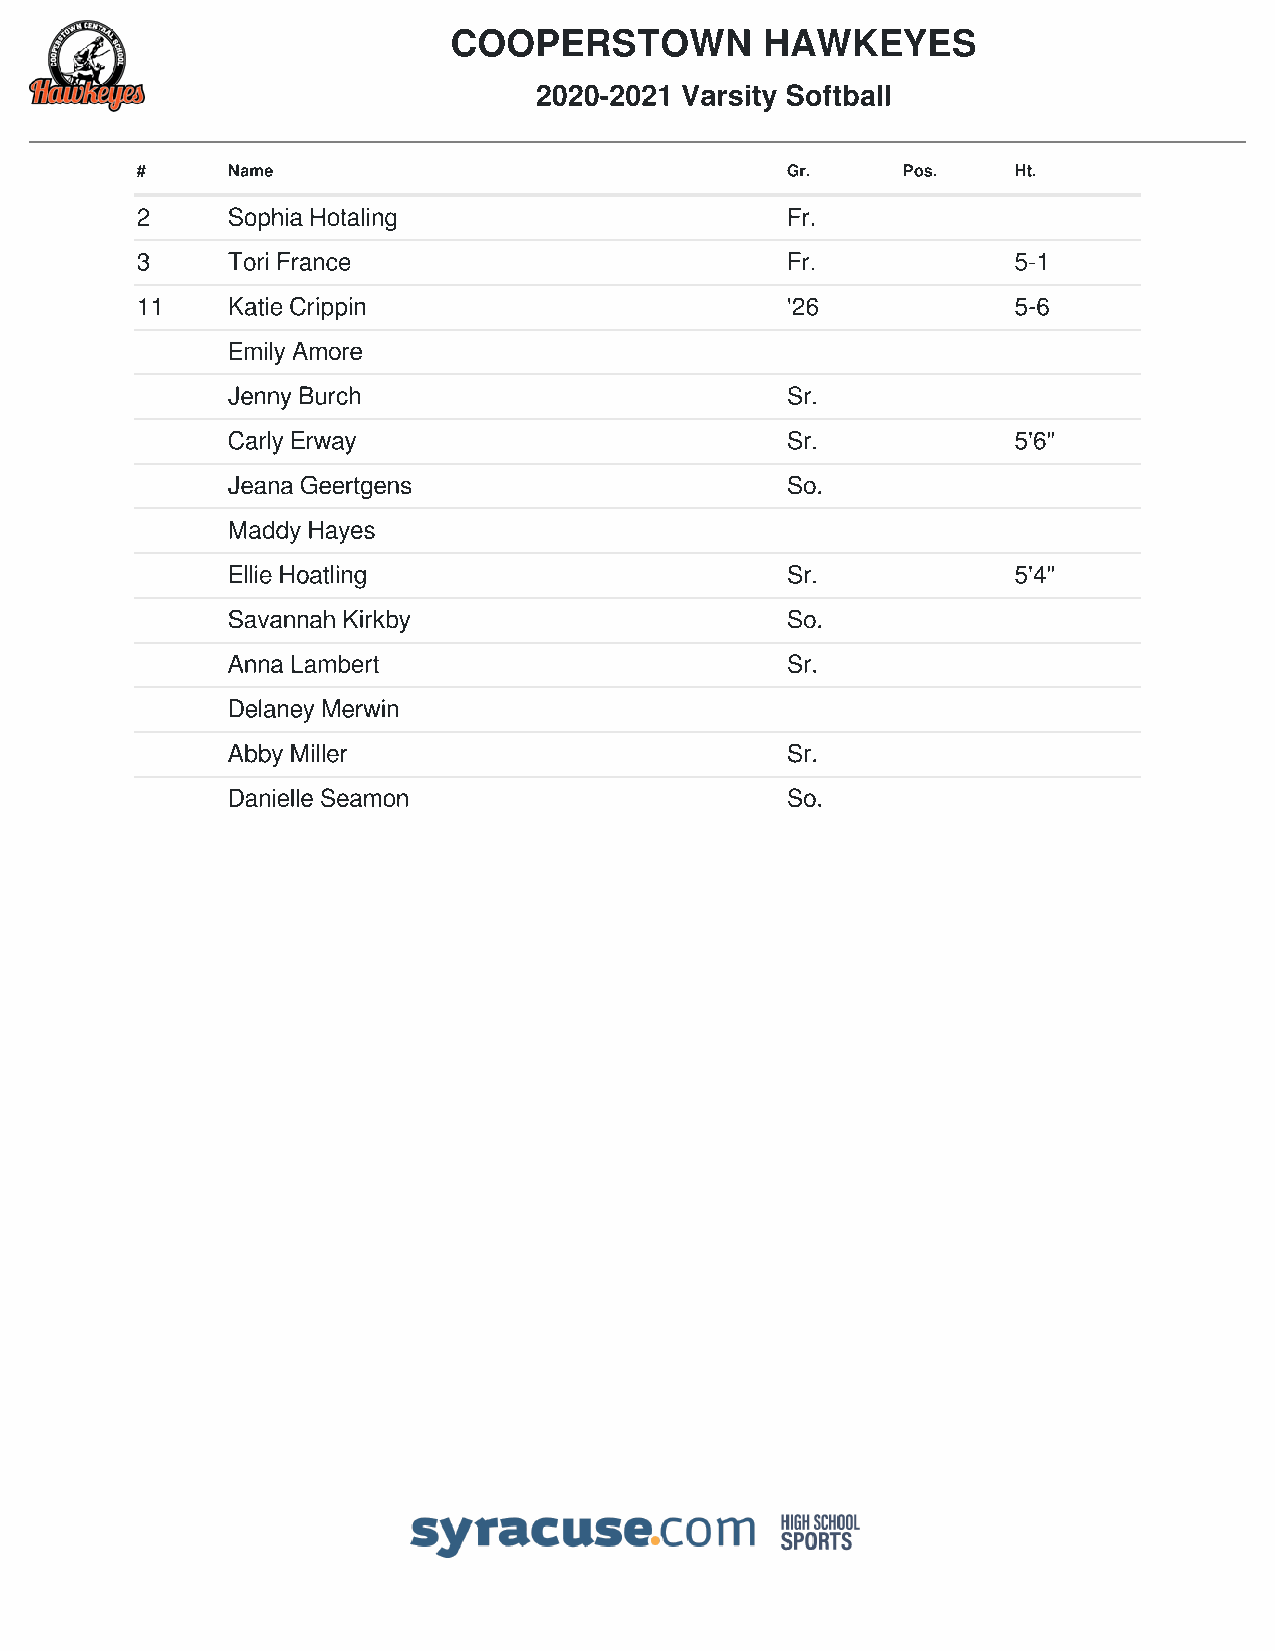
COOPERSTOWN          HAWKEYES
 2020-2021 Varsity Softball
 #     Name                                 Gr.     Pos.   Ht.
 2     Sophia Hotaling                      Fr.
 3     Tori France                          Fr.            5-1
 11    Katie Crippin                        '26            5-6
 Emily Amore
 Jenny Burch                          Sr.
 Carly Erway                          Sr.            5'6"
 Jeana Geertgens                      So.
 Maddy Hayes
 Ellie Hoatling                       Sr.            5'4"
 Savannah Kirkby                      So.
 Anna Lambert                         Sr.
 Delaney Merwin
 Abby Miller                          Sr.
 Danielle Seamon                      So.